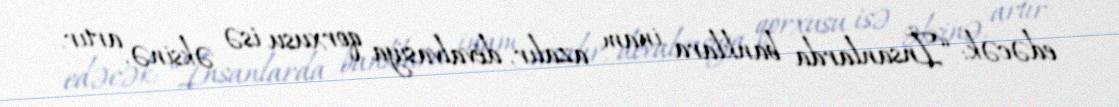
edəcək: “İnsanlarda banklara inam azalır, devalvasiya qorxusu isə əksinə, artır.